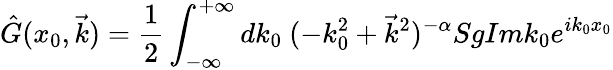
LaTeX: \hat{G}(x_{0},\vec{k})=\frac{1}{2}\int_{-\infty}^{+\infty}dk_{0}~(-k_{0}^{2}+\vec{k}^{2})^{-\alpha}SgImk_{0}e^{ik_{0}x_{0}}